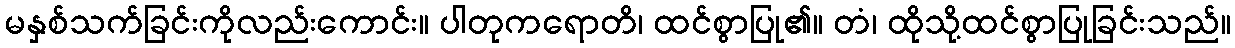
မနှစ်သက်ခြင်းကိုလည်းကောင်း။ ပါတုကရောတိ၊ ထင်စွာပြု၏။ တံ၊ ထိုသို့ထင်စွာပြုခြင်းသည်။